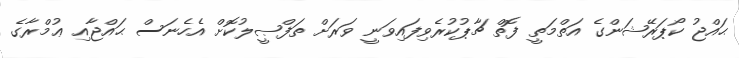
ޙައްޖު ކޯޕަރޭޝަންގެ އަތްމަތީ ފޮތް ޗާޕުކުރެވިފައިވަނީ ވަރަށް ތަފްޞީލުކޮށް އެހެނަސް ޙައްޖާއި ޢުމްރާގެ